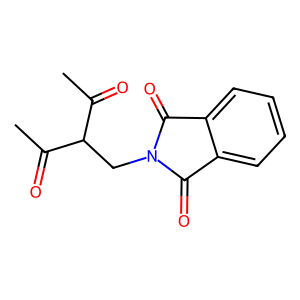
SMILES: CC(=O)C(CN1C(=O)c2ccccc2C1=O)C(C)=O
Inhibits HIV replication: No